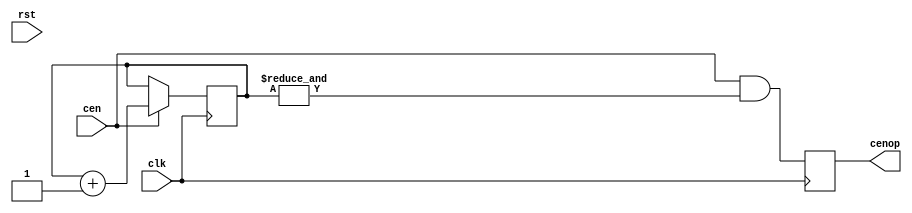
// This program was cloned from: https://github.com/va7deo/zerowing
// License: GNU General Public License v2.0

/*  This file is part of JTOPL.

    JTOPL is free software: you can redistribute it and/or modify
    it under the terms of the GNU General Public License as published by
    the Free Software Foundation, either version 3 of the License, or
    (at your option) any later version.

    JTOPL is distributed in the hope that it will be useful,
    but WITHOUT ANY WARRANTY; without even the implied warranty of
    MERCHANTABILITY or FITNESS FOR A PARTICULAR PURPOSE.  See the
    GNU General Public License for more details.

    You should have received a copy of the GNU General Public License
    along with JTOPL.  If not, see <http://www.gnu.org/licenses/>.

    Author: Jose Tejada Gomez. Twitter: @topapate
    Version: 1.0
    Date: 10-6-2020

    */

module jtopl_div(
    input       rst,
    input       clk,
    input       cen,
    output reg  cenop   // clock enable at operator rate
);

parameter OPL_TYPE=1;

localparam W = 2; // OPL_TYPE==2 ? 1 : 2;

reg  [W-1:0] cnt;

`ifdef SIMULATION
initial cnt={W{1'b0}};
`endif

always @(posedge clk) if(cen) begin
    cnt <= cnt+1'd1;
end

always @(posedge clk) begin
    cenop <= cen && (&cnt);
end

endmodule